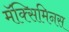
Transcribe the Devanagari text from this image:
मॅक्सिमिनस